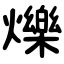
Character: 爍